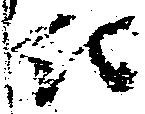
仁